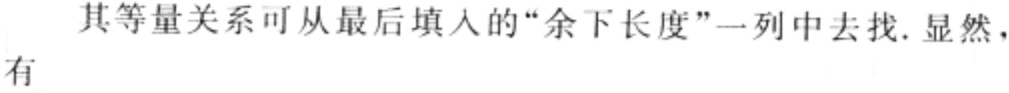
其等量关系可从最后填入的“余下长度”一列中去找. 显然，